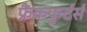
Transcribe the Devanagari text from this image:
फ्रैंकफुर्टर्स